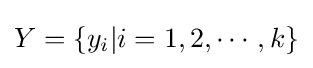
Y=\{y_{i}|i=1,2,\cdots ,k\}\,\!